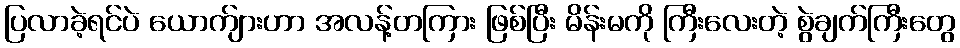
ပြလာခဲ့ရင်ပဲ ယောက်ျားဟာ အလန့်တကြား ဖြစ်ပြီး မိန်းမကို ကြီးလေးတဲ့ စွဲချက်ကြီးတွေ